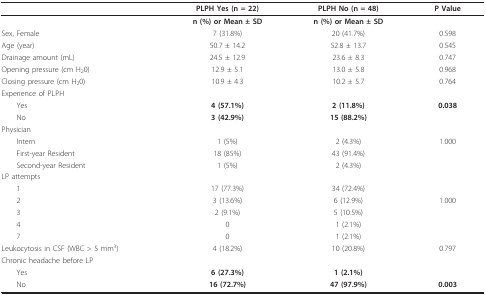
<table><thead><tr><td></td><td><b>PLPH Yes (n = 22)</b></td><td><b>PLPH No (n = 48)</b></td><td><b>P Value</b></td></tr></thead><tbody><tr><td></td><td><b>n (%) or Mean ± SD</b></td><td><b>n (%) or Mean ± SD</b></td><td></td></tr><tr><td>Sex, Female</td><td>7 (31.8%)</td><td>20 (41.7%)</td><td>0.598</td></tr><tr><td>Age (year)</td><td>50.7 ± 14.2</td><td>52.8 ± 13.7</td><td>0.545</td></tr><tr><td>Drainage amount (mL)</td><td>24.5 ± 12.9</td><td>23.6 ± 8.3</td><td>0.747</td></tr><tr><td>Opening pressure (cm H<sub>2</sub>0)</td><td>12.9 ± 5.1</td><td>13.0 ± 5.8</td><td>0.968</td></tr><tr><td>Closing pressure (cm H<sub>2</sub>0)</td><td>10.9 ± 4.3</td><td>10.2 ± 5.7</td><td>0.764</td></tr><tr><td>Experience of PLPH</td><td></td><td></td><td></td></tr><tr><td> Yes</td><td><b>4 (57.1%)</b></td><td><b>2 (11.8%)</b></td><td><b>0.038</b></td></tr><tr><td> No</td><td><b>3 (42.9%)</b></td><td><b>15 (88.2%)</b></td><td></td></tr><tr><td>Physician</td><td></td><td></td><td></td></tr><tr><td> Intern</td><td>1 (5%)</td><td>2 (4.3%)</td><td>1.000</td></tr><tr><td> First-year Resident</td><td>18 (85%)</td><td>43 (91.4%)</td><td></td></tr><tr><td> Second-year Resident</td><td>1 (5%)</td><td>2 (4.3%)</td><td></td></tr><tr><td>LP attempts</td><td></td><td></td><td></td></tr><tr><td> 1</td><td>17 (77.3%)</td><td>34 (72.4%)</td><td></td></tr><tr><td> 2</td><td>3 (13.6%)</td><td>6 (12.9%)</td><td>1.000</td></tr><tr><td> 3</td><td>2 (9.1%)</td><td>5 (10.5%)</td><td></td></tr><tr><td> 4</td><td>0</td><td>1 (2.1%)</td><td></td></tr><tr><td> 7</td><td>0</td><td>1 (2.1%)</td><td></td></tr><tr><td>Leukocytosis in CSF (WBC &gt; 5 mm<sup>3</sup>)</td><td>4 (18.2%)</td><td>10 (20.8%)</td><td>0.797</td></tr><tr><td>Chronic headache before LP</td><td></td><td></td><td></td></tr><tr><td> Yes</td><td><b>6 (27.3%)</b></td><td><b>1 (2.1%)</b></td><td></td></tr><tr><td> No</td><td><b>16 (72.7%)</b></td><td><b>47 (97.9%)</b></td><td><b>0.003</b></td></tr></tbody></table>